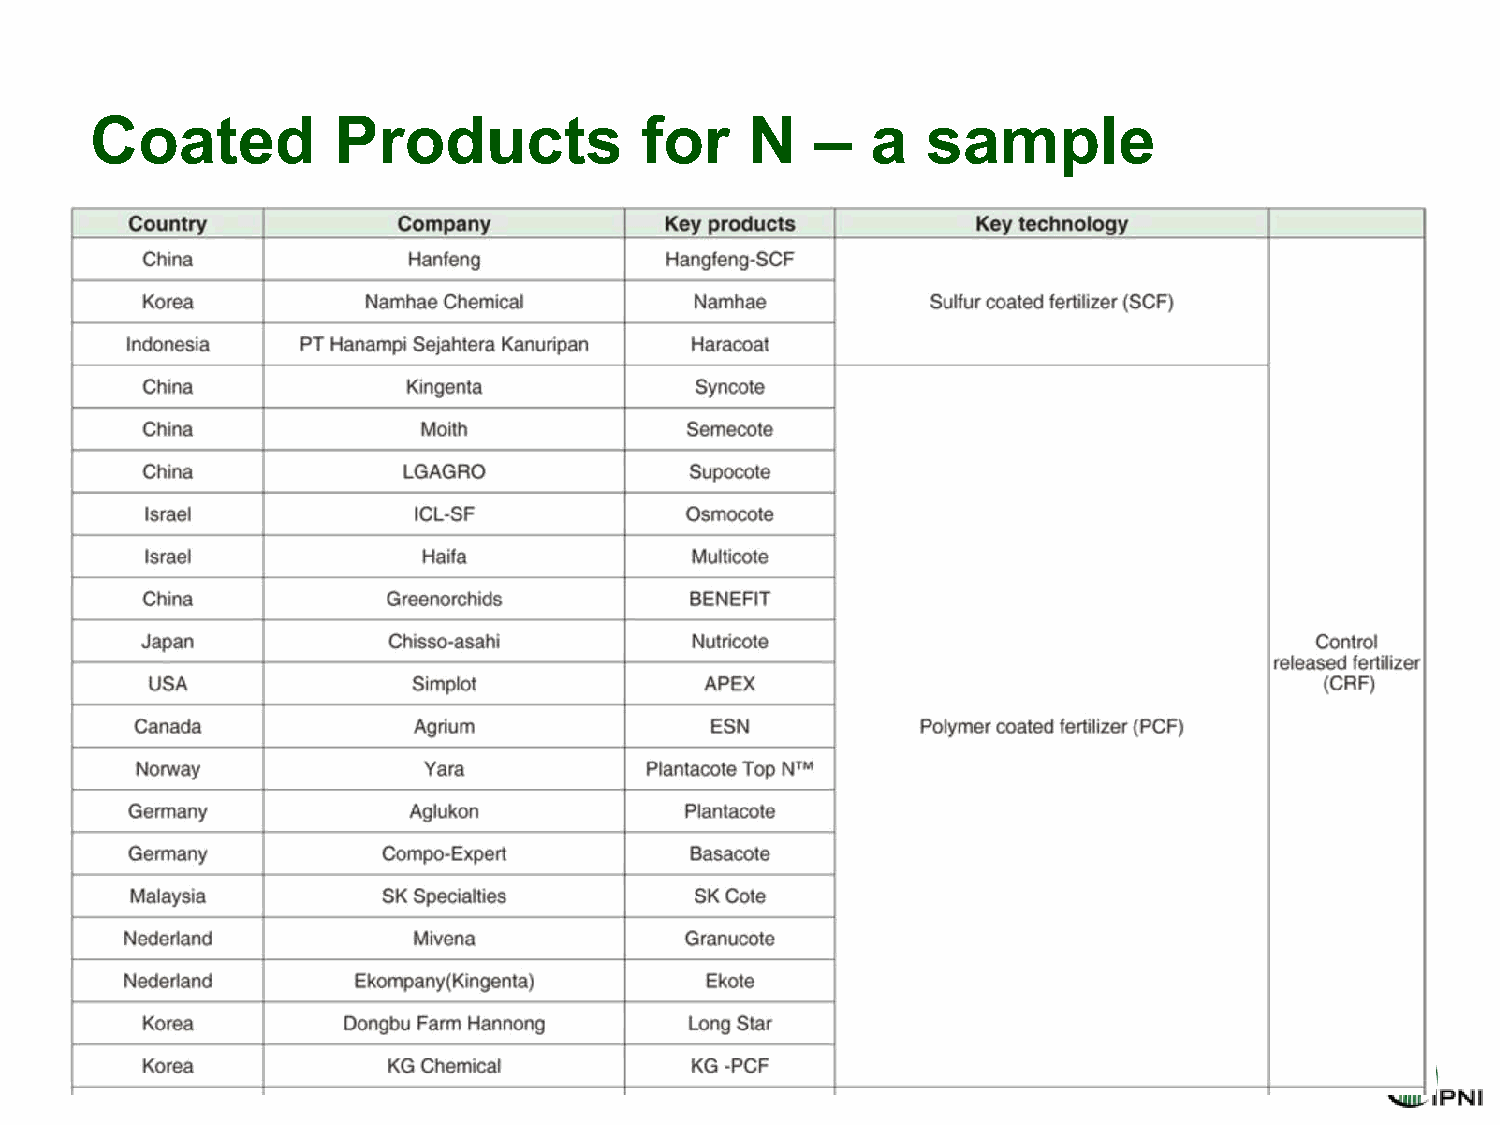
Coated          Products            for     N   –   a  sample